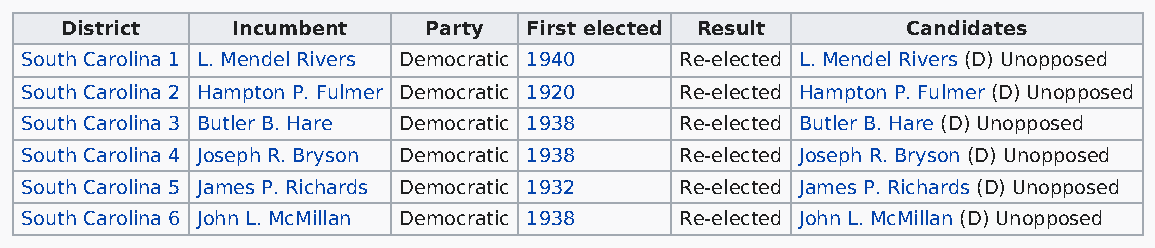
District   Incumbent    Party  First elected Result     Candidates
 South Carolina 1 L. Mendel Rivers Democratic 1940 Re-elected L. Mendel Rivers (D) Unopposed
 South Carolina 2 Hampton P. Fulmer Democratic 1920 Re-elected Hampton P. Fulmer (D) Unopposed
 South Carolina 3 Butler B. Hare Democratic 1938 Re-elected Butler B. Hare (D) Unopposed
 South Carolina 4 Joseph R. Bryson Democratic 1938 Re-elected Joseph R. Bryson (D) Unopposed
 South Carolina 5 James P. Richards Democratic 1932 Re-elected James P. Richards (D) Unopposed
 South Carolina 6 John L. McMillan Democratic 1938 Re-elected John L. McMillan (D) Unopposed